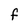
Character: f